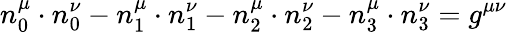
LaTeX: n_{0}^{\mu}\cdot n_{0}^{\nu}-n_{1}^{\mu}\cdot n_{1}^{\nu}-n_{2}^{\mu}\cdot n_{2}^{\nu}-n_{3}^{\mu}\cdot n_{3}^{\nu}=g^{\mu\nu}